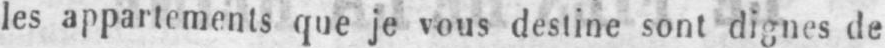
les appartements que je vous destine sont dignes de